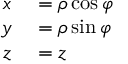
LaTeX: \begin{array} { r l } { x } & { { } = \rho \cos \varphi } \\ { y } & { { } = \rho \sin \varphi } \\ { z } & { { } = z } \end{array}